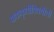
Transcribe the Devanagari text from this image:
पाककृतींविषयीची